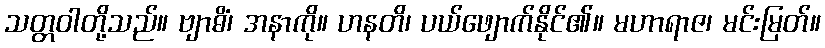
သတ္တဝါတို့သည်။ ဗျာဓိံ၊ အနာကို။ ဟနတိ၊ ပယ်ဖျောက်နိုင်၏။ မဟာရာဇ၊ မင်းမြတ်။